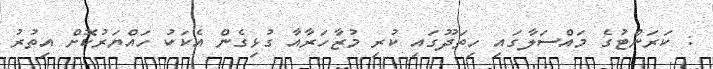
: ކަރަންޓުގެ މައްސަލާގައި ހިތަދޫގައި ކުރި މުޒާހަރާއާ ގުޅިގެން އެކަކު ހައްޔަރުކޮށް އިތުރު